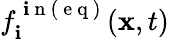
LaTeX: f_{\mathbf{i}}^{\mathrm{{~\mathbf{i}~n~(~e~q~)~}}}(\mathbf{{x}},t)